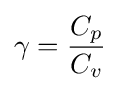
\gamma ={\frac {C_{p}}{C_{v}}}